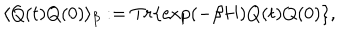
LaTeX: \langle Q ( t ) Q ( 0 ) \rangle _ { \beta } : = T r \{ \exp ( - \beta H ) Q ( t ) Q ( 0 ) \} ,